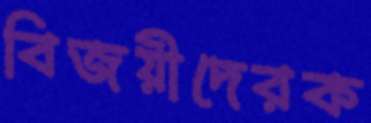
বিজয়ীদেরক